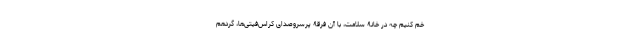
خم کنیم چه در خانۀ سلامت، با آن فرقۀ پرسروصدای کراس‌فیتی‌ها، گردهم